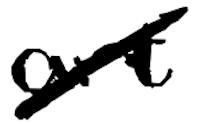
Text: art
Cross-out: diagonal
Writing tool: digital_black